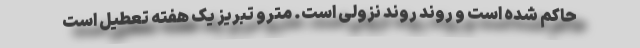
حاکم شده است و روند روند نزولی است. مترو تبریز یک‌ هفته تعطیل است